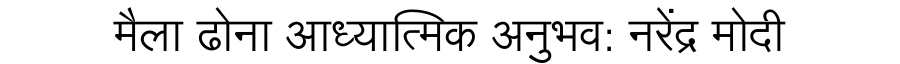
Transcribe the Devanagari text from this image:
मैला ढोना आध्यात्मिक अनुभव: नरेंद्र मोदी